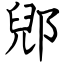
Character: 郳